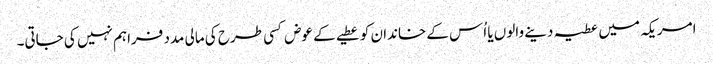
امریکہ میں عطیہ دینے والوں یا اُس کے خاندان کو عطیے کے عوض کسی طرح کی مالی مدد فراہم نہیں کی جاتی۔